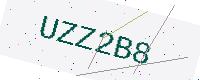
Text: UZZ2B8